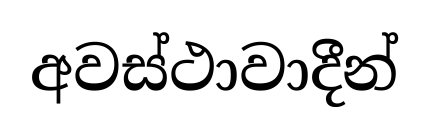
අවස්ථාවාදීන්